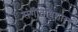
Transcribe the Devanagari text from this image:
संगीतविशारद